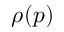
\rho ( p )